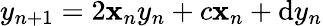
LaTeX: y_{n+1}=2\mathbf{x}_{n}y_{n}+c\mathbf{x}_{n}+\mathrm{d}y_{n}